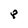
Character: 8